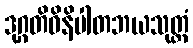
ဒုဂ္ဂတိဝိနိပါတဘယသုတ္တံ